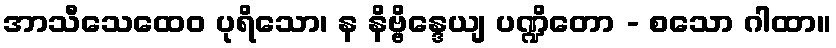
အာသီသေထေဝ ပုရိသော၊ န နိဗ္ဗိန္ဒေယျ ပဏ္ဍိတော - စသော ဂါထာ။